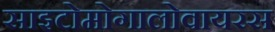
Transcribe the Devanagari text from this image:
साइटोमोगालोवायरस